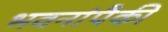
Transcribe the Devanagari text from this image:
भवनांपैकी